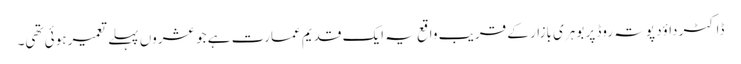
ڈاکٹر داوٴد پوتہ روڈ پر بوہری بازار کے قریب واقع یہ ایک قدیم عمارت ہے جو عشروں پہلے تعمیر ہوئی تھی۔